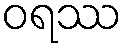
ဝရဿ